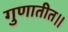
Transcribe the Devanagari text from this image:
गुणातीत।।